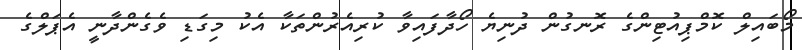
މޯބައިލް ކޮމްޕިއުޓިންގެ ރޮނގުން ދުނިޔެ ހޯދާފައިވާ ކުރިއެރުންތަކާ އެކު މިގަޑި ވެގެންދާނީ އެޕަލްގެ